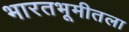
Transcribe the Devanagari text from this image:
भारतभूमीतला